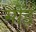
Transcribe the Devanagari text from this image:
मोंड़